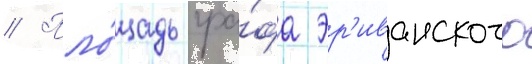
// Пло́щадь гра́фа эр'иванского